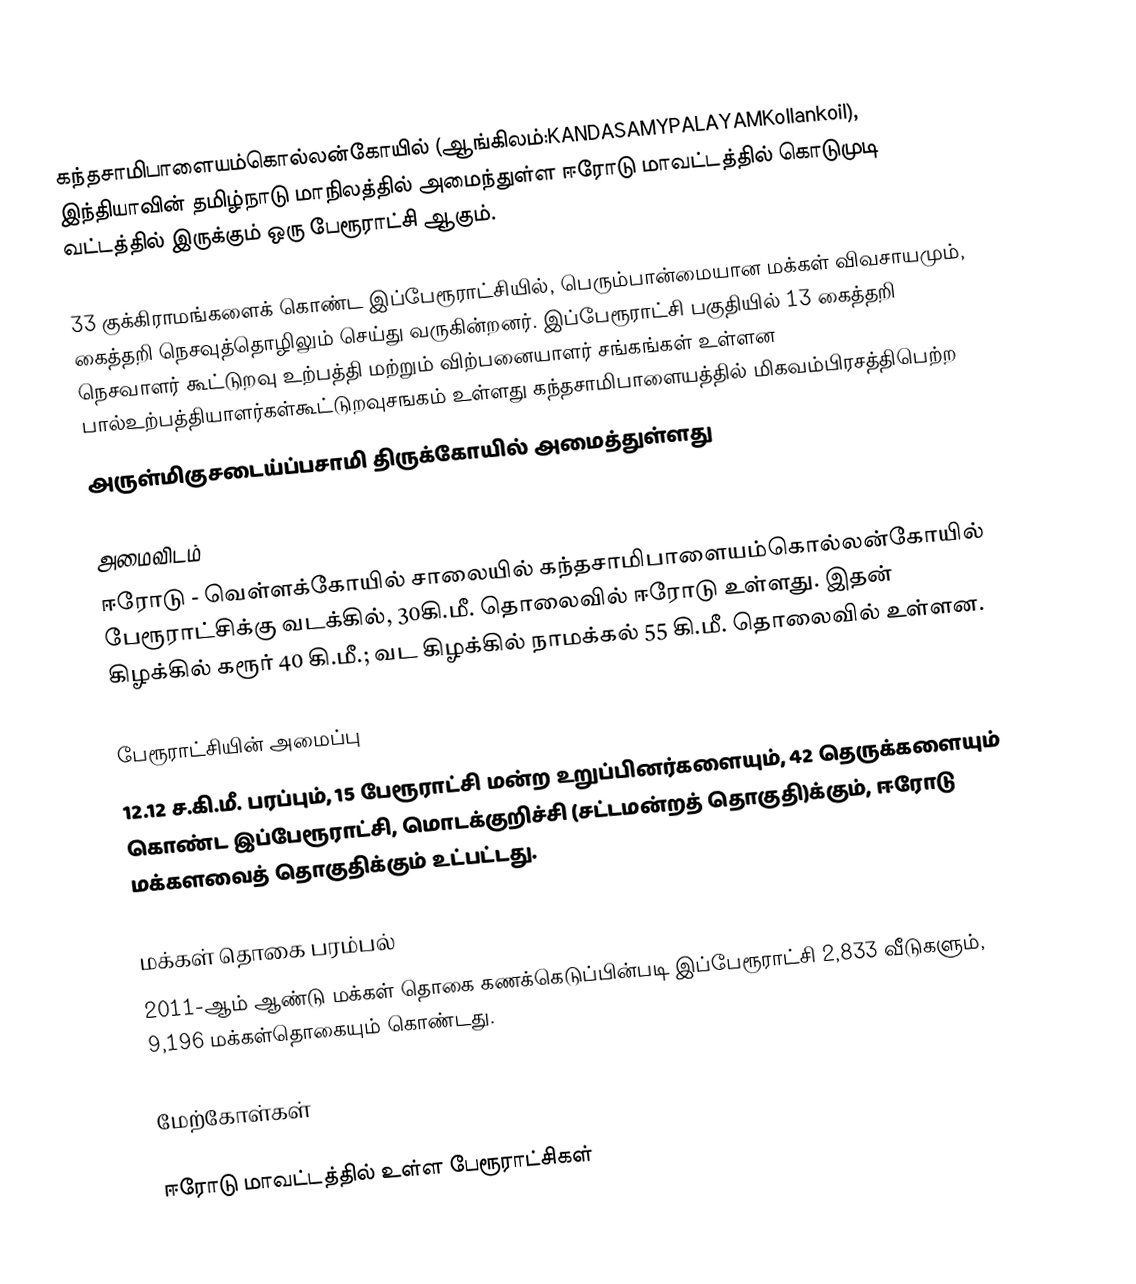
கந்தசாமிபாளையம்கொல்லன்கோயில் (ஆங்கிலம்:KANDASAMYPALAYAMKollankoil), இந்தியாவின் தமிழ்நாடு மாநிலத்தில் அமைந்துள்ள ஈரோடு மாவட்டத்தில் கொடுமுடி வட்டத்தில் இருக்கும் ஒரு பேரூராட்சி ஆகும்.

33 குக்கிராமங்களைக் கொண்ட இப்பேரூராட்சியில், பெரும்பான்மையான மக்கள் விவசாயமும், கைத்தறி நெசவுத்தொழிலும் செய்து வருகின்றனர். இப்பேரூராட்சி பகுதியில் 13 கைத்தறி நெசவாளர் கூட்டுறவு உற்பத்தி மற்றும் விற்பனையாளர் சங்கங்கள் உள்ளன பால்உற்பத்தியாளர்கள்கூட்டுறவுசஙகம் உள்ளது கந்தசாமிபாளையத்தில் மிகவம்பிரசத்திபெற்ற
அருள்மிகுசடைய்ப்பசாமி திருக்கோயில் அமைத்துள்ளது

அமைவிடம்
ஈரோடு - வெள்ளக்கோயில் சாலையில் கந்தசாமிபாளையம்கொல்லன்கோயில் பேரூராட்சிக்கு வடக்கில், 30கி.மீ.  தொலைவில் ஈரோடு உள்ளது. இதன் கிழக்கில் கரூர் 40 கி.மீ.; வட கிழக்கில் நாமக்கல் 55 கி.மீ. தொலைவில்  உள்ளன.

பேரூராட்சியின் அமைப்பு
12.12 ச.கி.மீ. பரப்பும், 15 பேரூராட்சி மன்ற  உறுப்பினர்களையும், 42 தெருக்களையும் கொண்ட இப்பேரூராட்சி, மொடக்குறிச்சி   (சட்டமன்றத் தொகுதி)க்கும், ஈரோடு மக்களவைத் தொகுதிக்கும் உட்பட்டது.

மக்கள் தொகை பரம்பல்
2011-ஆம் ஆண்டு மக்கள் தொகை கணக்கெடுப்பின்படி  இப்பேரூராட்சி    2,833   வீடுகளும், 9,196 மக்கள்தொகையும் கொண்டது.

மேற்கோள்கள்

ஈரோடு மாவட்டத்தில் உள்ள பேரூராட்சிகள்